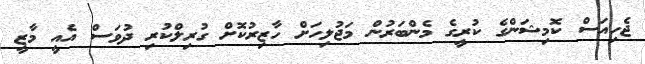
ޖެހިއަސް ކޮމިޝަންގެ ކުރީގެ މެންބަރުން މަޖުލިހަށް ހާޒިރުކޮށް ގުރިލްކުރި ދުވަސް އެއީ މާޒީ